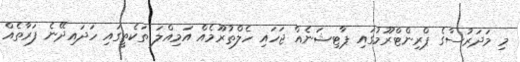
މި މަދަރުސާގެ ޕްރިންޓްރޫމުގައި ޕާޓިޝަނެއް ޖަހައި ހެލްތުރޫމެއް އަމިއްލަ ތަކެތީގައި ހަދައިދޭނެ ފަރާތެއް